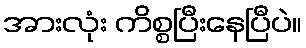
အားလုံး ကိစ္စပြီးနေပြီပဲ။